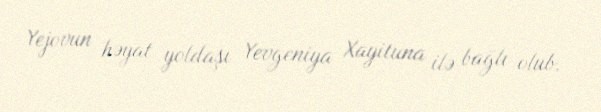
Yejovun həyat yoldaşı Yevgeniya Xayituna ilə bağlı olub.